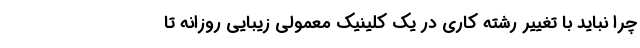
چرا نباید با تغییر رشته کاری در یک کلینیک معمولی زیبایی روزانه تا